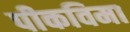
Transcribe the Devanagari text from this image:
पीकविमा